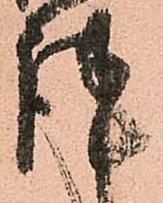
謹